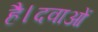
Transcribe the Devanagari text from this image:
है।दवाओं